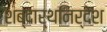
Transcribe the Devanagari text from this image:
शब्दार्थनिर्देश